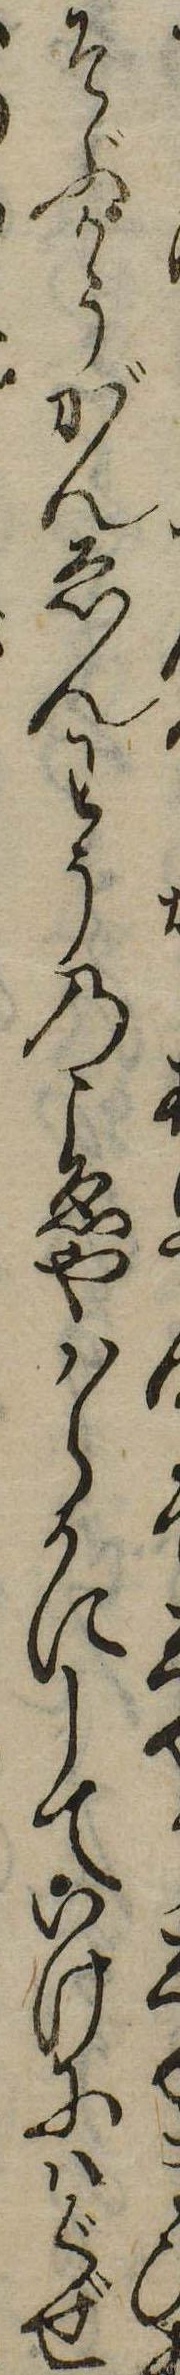
ひそぶかうがんゑんわうのこゑやはらかにしていけにはぐぜ